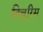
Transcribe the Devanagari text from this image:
त्रिचुरिस